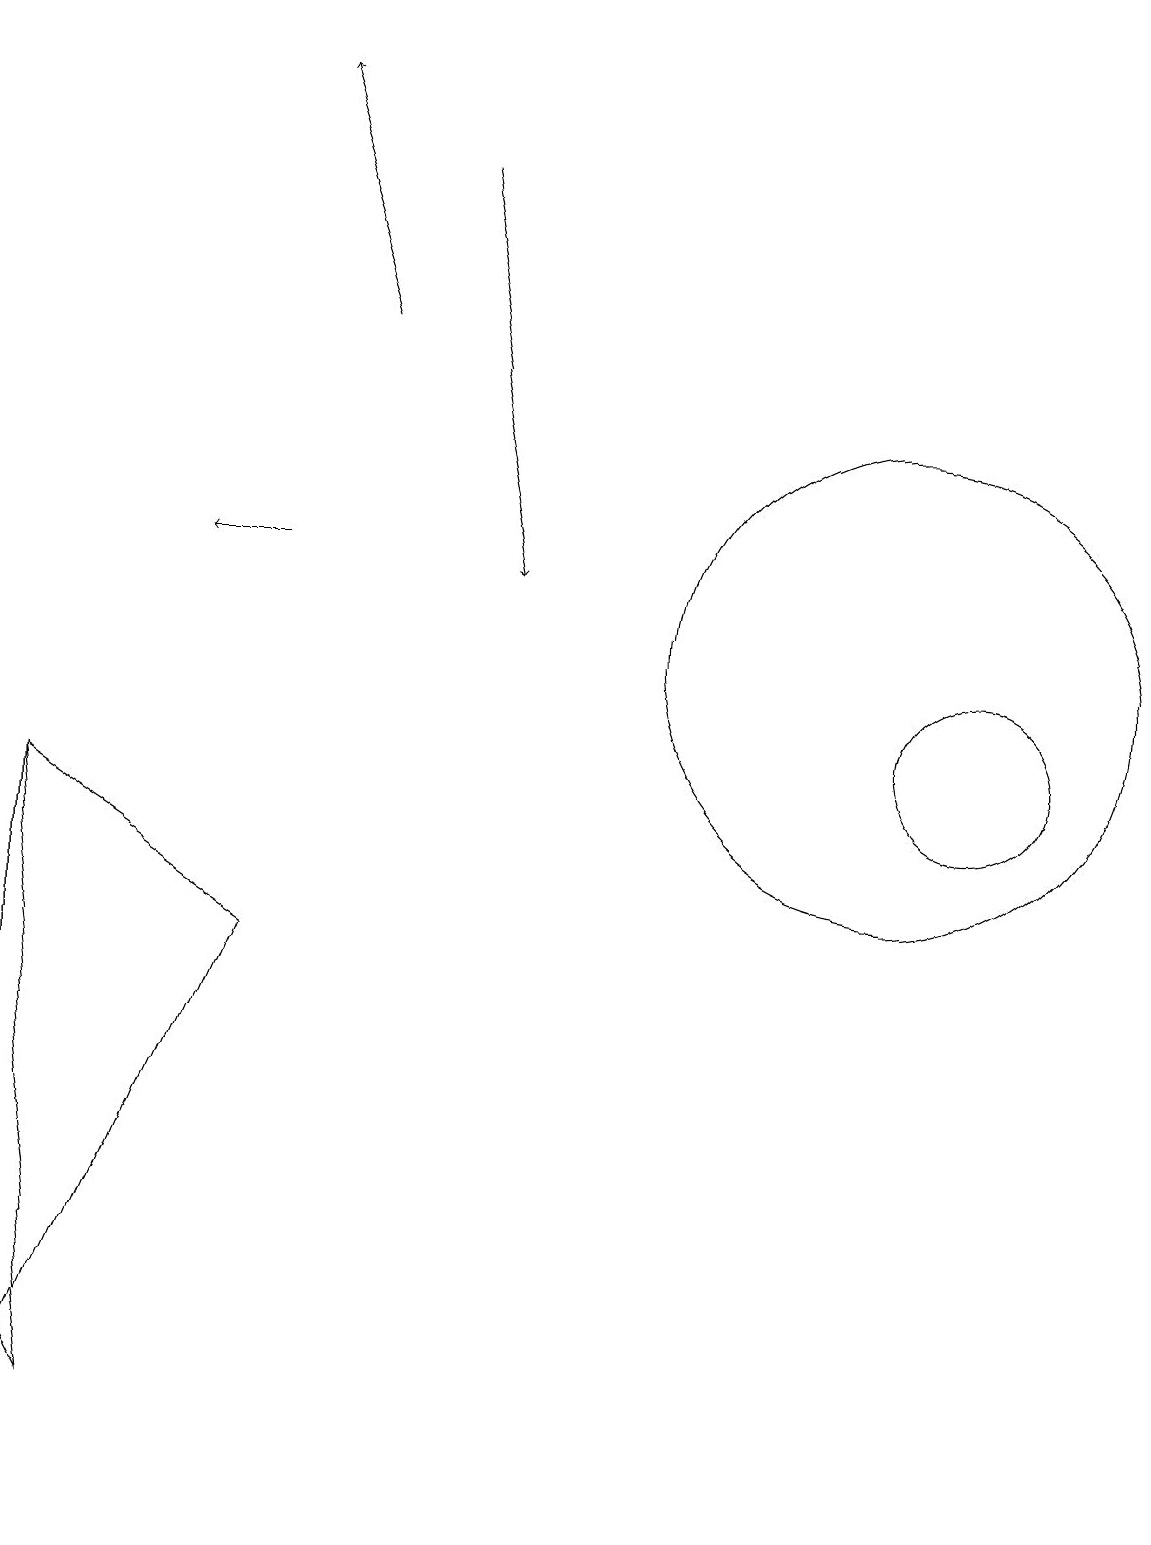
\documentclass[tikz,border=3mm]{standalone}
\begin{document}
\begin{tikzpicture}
\draw (0,9) -- (1,1) -- (0,3) -- cycle;
\draw[->] (3,12) -- (2,12);
\draw (11,11) circle (3);
\draw (0,0) -- (0,9) -- (3,7) -- cycle;
\draw (12,10) circle (1);
\draw[->] (5,17) -- (6,12);
\draw[->] (4,15) -- (3,18);
\draw (2,19) rectangle (3,19);
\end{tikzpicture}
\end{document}